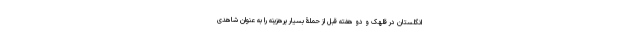
انگلستان در قلهک و دو هفته قبل از حملۀ بسیار پرهزینه را به عنوان شاهدی